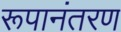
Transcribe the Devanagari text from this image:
रूपानंतरण